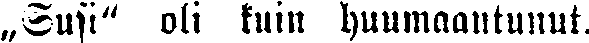
„Susi" oli kuin huumaantunut.